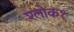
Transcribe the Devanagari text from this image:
श्लोक१